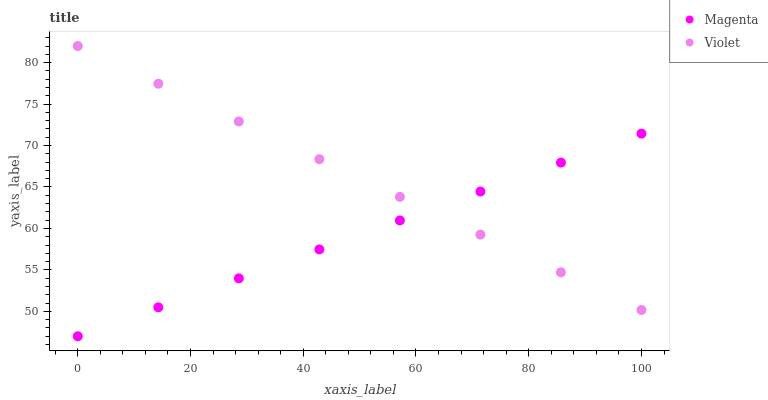
| xaxis_label | Magenta | Violet |
 | --- | --- | --- |
 | 0 | 47 | 82 |
 | 14.3 | 50.5 | 77.5 |
 | 28.6 | 54 | 72.9 |
 | 42.9 | 57.5 | 68.4 |
 | 57.1 | 61 | 63.8 |
 | 71.4 | 64.5 | 59.3 |
 | 85.7 | 67.9 | 54.7 |
 | 100 | 71.4 | 50.2 |